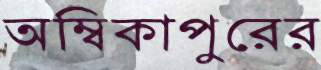
অম্বিকাপুরের